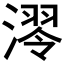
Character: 𣼢